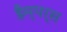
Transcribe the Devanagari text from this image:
डैम्पर्स